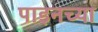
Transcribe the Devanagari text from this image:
पाइनच्या